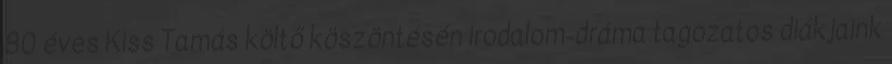
80 éves Kiss Tamás költő köszöntésén irodalom-dráma tagozatos diákjaink